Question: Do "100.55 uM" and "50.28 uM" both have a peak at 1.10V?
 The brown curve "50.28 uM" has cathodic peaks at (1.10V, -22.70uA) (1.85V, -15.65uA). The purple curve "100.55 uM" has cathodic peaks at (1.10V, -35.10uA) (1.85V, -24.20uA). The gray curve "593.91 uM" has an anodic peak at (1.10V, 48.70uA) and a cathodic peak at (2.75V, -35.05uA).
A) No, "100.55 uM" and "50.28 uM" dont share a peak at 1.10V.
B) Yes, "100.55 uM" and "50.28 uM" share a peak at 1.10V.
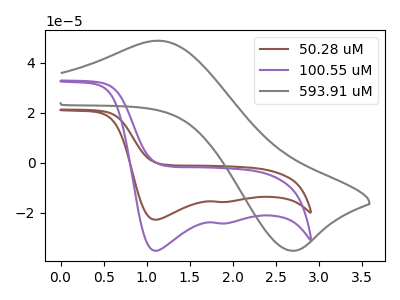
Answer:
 <answer>B) Yes, "100.55 uM" and "50.28 uM" share a peak at 1.10V.</answer>
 <eval>B</eval>